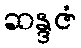
ဆန္ဒဇံ